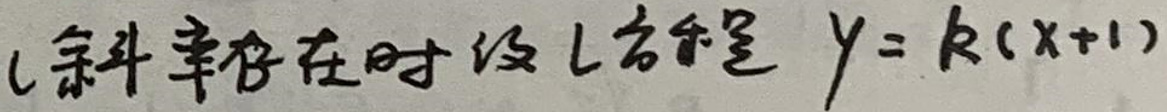
(斜率存在时直线方程 \(y = k(x + 1)\))